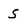
Character: S